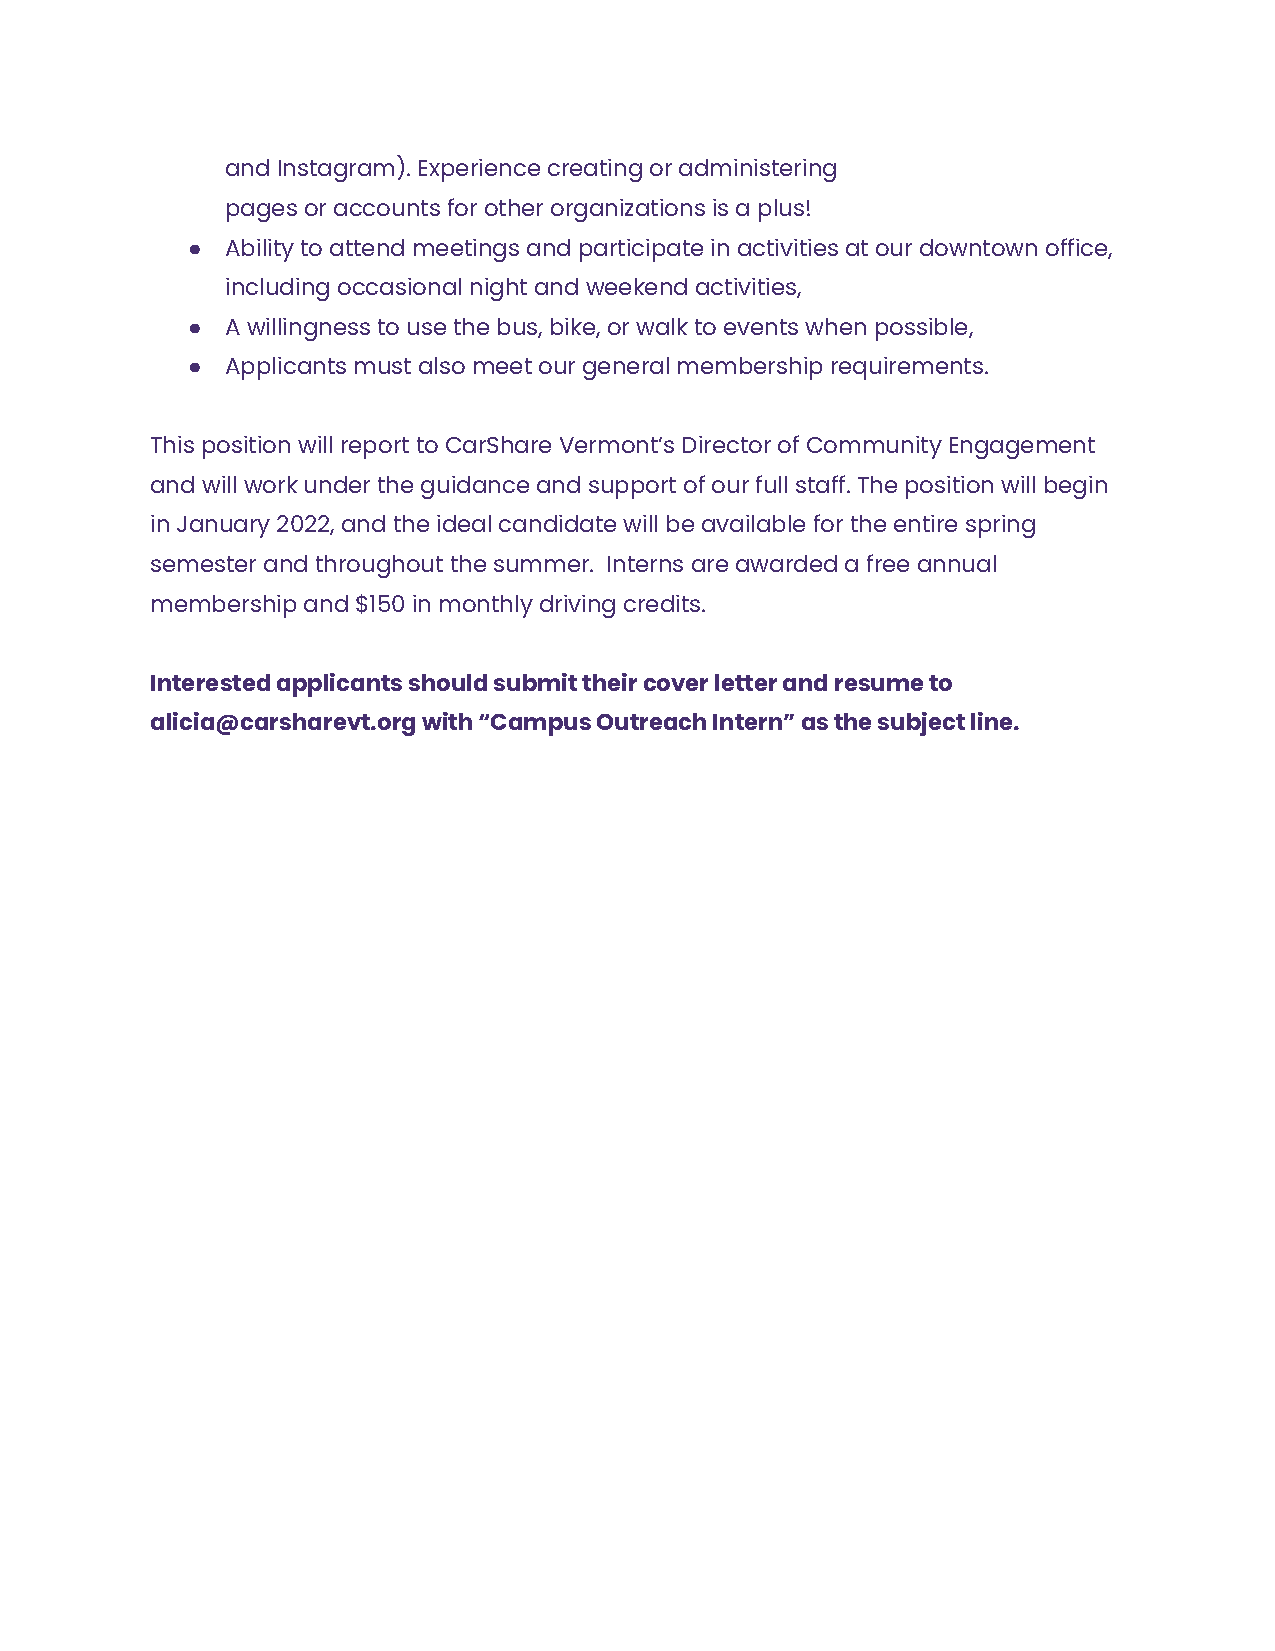
and Instagram). Experience creating or administering
 pages or accounts for other organizations is a plus!
 ●  Ability to attend meetings and participate in activities at our downtown office,
 including occasional night and weekend activities,
 ●  A willingness to use the bus, bike, or walk to events when possible,
 ●  Applicants must also meet our general membership requirements.
 This position will report to CarShare Vermont’s Director of Community Engagement
 and will work under the guidance and support of our full staff. The position will begin
 in January 2022, and the ideal candidate will be available for the entire spring
 semester and throughout the summer. Interns are awarded a free annual
 membership and $150 in monthly driving credits.
 Interested applicants should submit their cover letter and resume to
 alicia@carsharevt.org with “Campus Outreach Intern” as the subject line.